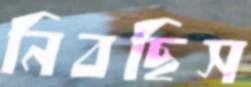
নিবছিস